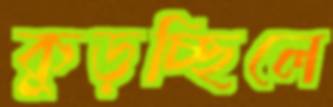
কুড়চ্ছিলে